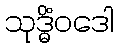
သုဒ္ဓိံဝဒေါ